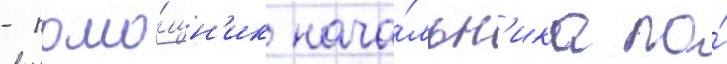
- помо́щн'ик нача́льн'ика по́